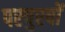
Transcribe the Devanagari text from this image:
परपुरषों